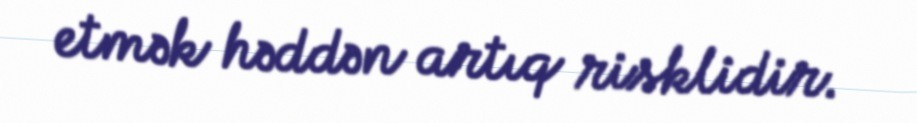
etmək həddən artıq risklidir.